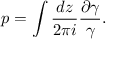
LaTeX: p = \int { \frac { d z } { 2 \pi i } } { \frac { \partial \gamma } { \gamma } } .